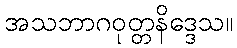
အသဘာဂဝုတ္တနိဒ္ဒေသ။